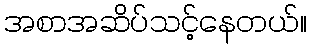
အစာအဆိပ်သင့်နေတယ်။